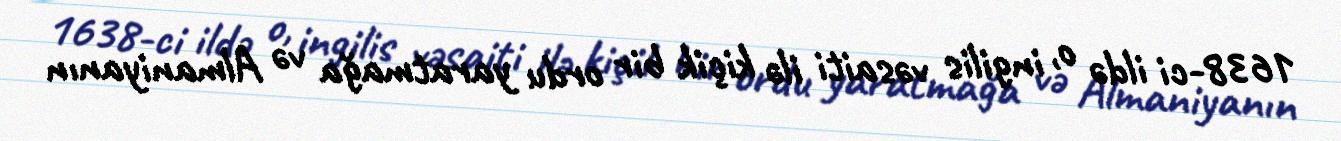
1638-ci ildə o, ingilis vəsaiti ilə kiçik bir ordu yaratmağa və Almaniyanın